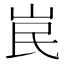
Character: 𡶗